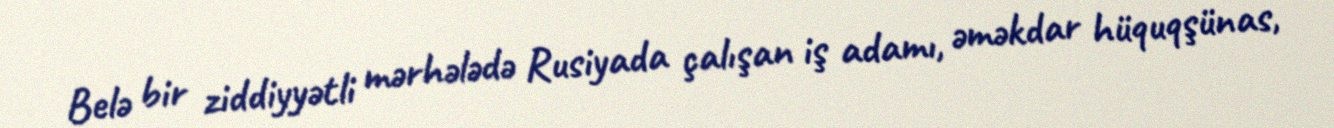
Belə bir ziddiyyətli mərhələdə Rusiyada çalışan iş adamı, əməkdar hüquqşünas,